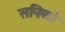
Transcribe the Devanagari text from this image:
सनिको